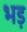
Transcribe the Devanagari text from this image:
भड़